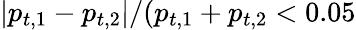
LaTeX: |p_{t,1}-p_{t,2}|/(p_{t,1}+p_{t,2}<0.05